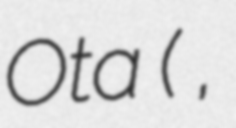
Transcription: Ota (太田 忍,